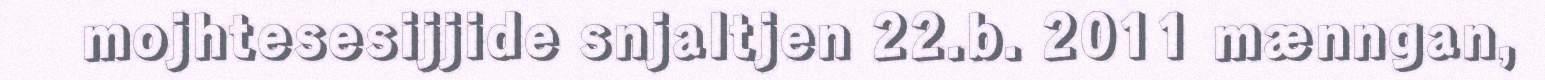
mojhtesesijjide snjaltjen 22.b. 2011 mænngan,